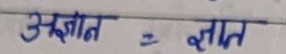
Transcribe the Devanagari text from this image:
अज्ञात = ज्ञात